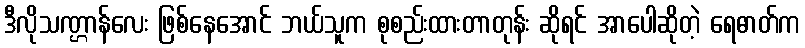
ဒီလိုသဏ္ဌာန်လေး ဖြစ်နေအောင် ဘယ်သူက စုစည်းထားတာတုန်း ဆိုရင် အာပေါဆိုတဲ့ ရေဓာတ်က